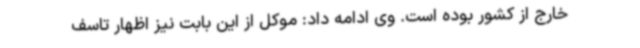
خارج از کشور بوده است. وی ادامه داد: موکل از این بابت نیز اظهار تاسف